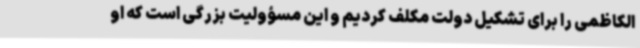
الکاظمی را برای تشکیل دولت مکلف کردیم و این مسؤولیت بزرگی است که او